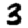
Digit: 3